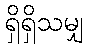
ရှိရှိသမျှ